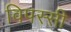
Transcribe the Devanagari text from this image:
विपस्सी